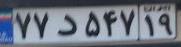
۷۷د۵۴۷۱۹